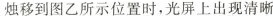
烛移到图乙所示位置时，光屏上出现清晰